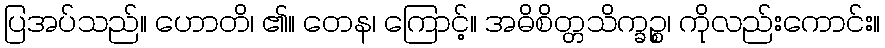
ပြအပ်သည်။ ဟောတိ၊ ၏။ တေန၊ ကြောင့်။ အဓိစိတ္တသိက္ခဉ္စ၊ ကိုလည်းကောင်း။